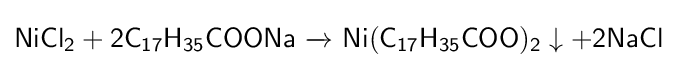
{\mathsf {NiCl_{2}+2C_{17}H_{35}COONa\ {\xrightarrow {}}\ Ni(C_{17}H_{35}COO)_{2}\downarrow +2NaCl}}